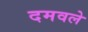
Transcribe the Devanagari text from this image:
दमवले